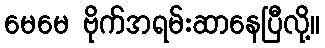
မေမေ ဗိုက်အရမ်းဆာနေပြီလို့။